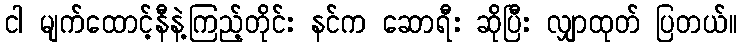
ငါ မျက်ထောင့်နီနဲ့ကြည့်တိုင်း နင်က ဆောရီး ဆိုပြီး လျှာထုတ် ပြတယ်။